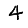
Digit: 4